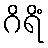
ဂိရိံ